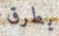
يطرق